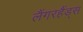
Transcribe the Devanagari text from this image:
लैंगरहैंड्स